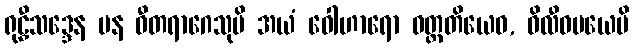
ရုဠှီသဒ္ဒေန ပန ဝီတရာဂေသုပိ အယံ ဝေါဟာရော ဝတ္တတိယေဝ, ဝိလီဝမယေပိ